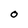
Character: O